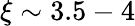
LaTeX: \xi\sim 3.5-4